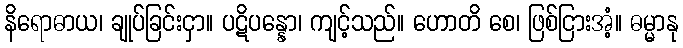
နိရောဓာယ၊ ချုပ်ခြင်းငှာ။ ပဋိပန္နော၊ ကျင့်သည်။ ဟောတိ စေ၊ ဖြစ်ငြားအံ့။ ဓမ္မာနု